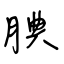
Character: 腆